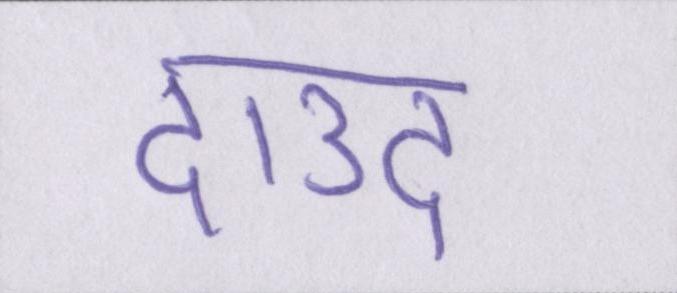
दाउद